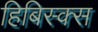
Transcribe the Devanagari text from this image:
हिबिस्क्‍स